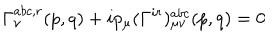
LaTeX: \Gamma _ { \nu } ^ { a b c , r } ( p , q ) + i p _ { \mu } ( \Gamma ^ { i r } ) _ { \mu \nu } ^ { a b c } ( p , q ) = 0